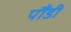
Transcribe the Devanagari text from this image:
पौंडी